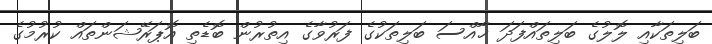
ބަލިތަކާއި ލޮލުގެ ބަލިތައްފަދަ ޚާއްސަ ބަލިތަކުގެ ފަރުވާގެ އިތުރުން ބޮޑެތި އޮޕަރޭޝަންތައް ކުރުމުގެ